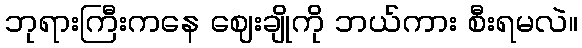
ဘုရားကြီးကနေ ဈေးချိုကို ဘယ်ကား စီးရမလဲ။